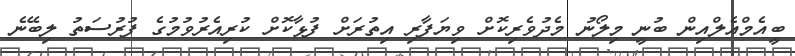
ބީއެމްއެލްއިން ބުނީ މިލޯނު މެދުވެރިކޮށް ވިޔަފާރި އިތުރަށް ފުޅާކޮށް ކުރިއެރުވުމުގެ ފުރުސަތު ލިބޭނެ